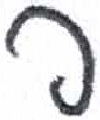
אות: פ